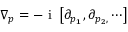
\nabla _ { p } = - \mathrm { ~ i ~ } \left[ \partial _ { p _ { 1 } } , \partial _ { p _ { 2 } , } \cdots \right]